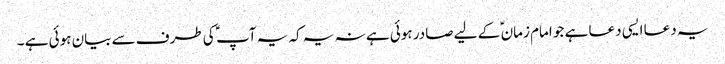
یہ دعا ایسی دعا ہے جو امام زمان ؑ کے لیے صادر ہوئی ہے نہ یہ کہ یہ آپ ؑ کی طرف سے بیان ہوئی ہے ۔